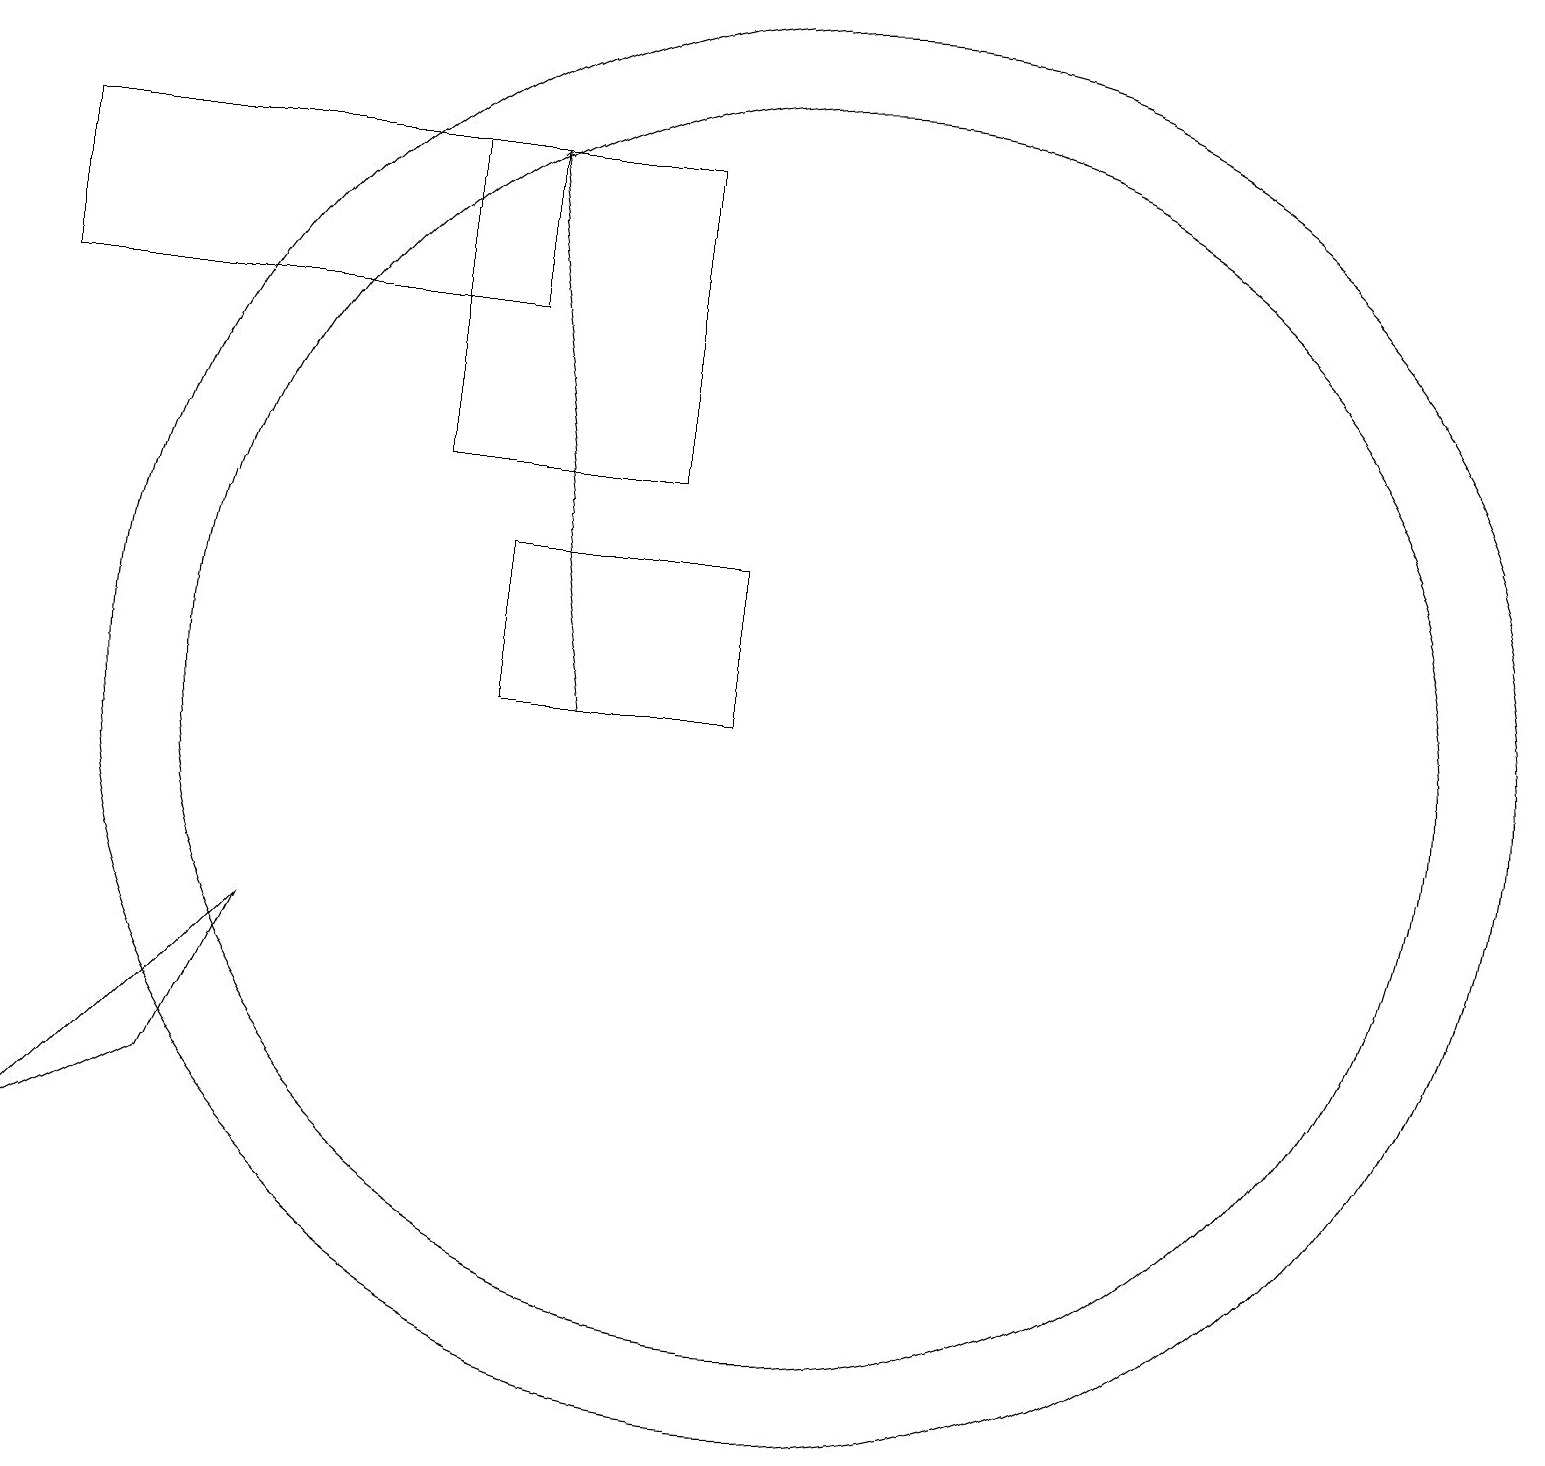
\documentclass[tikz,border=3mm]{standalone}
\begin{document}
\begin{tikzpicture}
\draw (10,11) circle (9);
\draw (5,14) rectangle (8,18);
\draw[->] (7,11) -- (6,18);
\draw (0,16) rectangle (6,18);
\draw (9,11) rectangle (6,13);
\draw (10,11) circle (8);
\draw (3,8) -- (0,5) -- (2,6) -- cycle;
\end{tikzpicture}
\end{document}